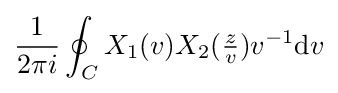
{\frac {1}{2\pi i}}\oint _{C}X_{1}(v)X_{2}({\tfrac {z}{v}})v^{-1}\mathrm {d} v